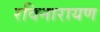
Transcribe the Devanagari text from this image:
रविनारायण